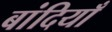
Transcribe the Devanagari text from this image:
बांदियाँ